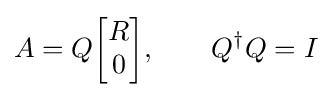
A=Q{\begin{bmatrix}R\\0\end{bmatrix}},\qquad Q^{\dagger }Q=I